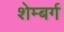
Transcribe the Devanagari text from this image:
शेम्बर्ग